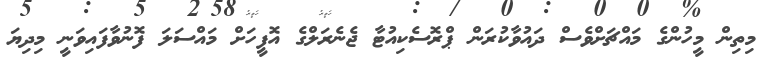
މިތިން މީހުންގެ މައްޗަށްވެސް ދައުވާކުރަން ޕްރޮސެކިއުޓާ ޖެނެރަލްގެ އޮފީހަށް މައްސަލަ ފޮނުވާފައިވަނީ މިދިޔަ